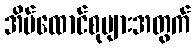
အိမ်ထောင်စုများအတွက်